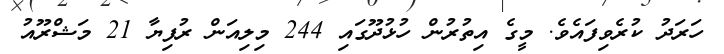
ހަރަދު ކުރެވިފައެވެ. މީގެ އިތުރުން ހުޅުދޫގައި 244 މިލިއަން ރުފިޔާ 21 މަޝްރޫއު